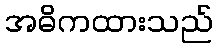
အဓိကထားသည်